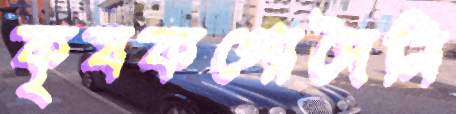
কৃষকগোদৈনি